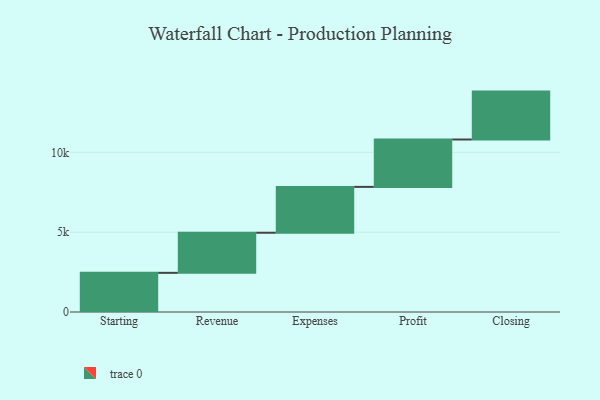
{"axis": {"x": "Step", "y": "Value"}, "legend": [""], "data": [{"x": "Starting", "y": 2452.0, "type": ""}, {"x": "Revenue", "y": 2511.0, "type": ""}, {"x": "Expenses", "y": 2872.0, "type": ""}, {"x": "Profit", "y": 2968.0, "type": ""}, {"x": "Closing", "y": 3000, "type": ""}]}